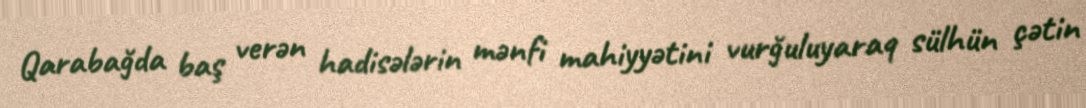
Qarabağda baş verən hadisələrin mənfi mahiyyətini vurğuluyaraq sülhün çətin